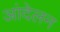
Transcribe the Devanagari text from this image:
आंदेलन